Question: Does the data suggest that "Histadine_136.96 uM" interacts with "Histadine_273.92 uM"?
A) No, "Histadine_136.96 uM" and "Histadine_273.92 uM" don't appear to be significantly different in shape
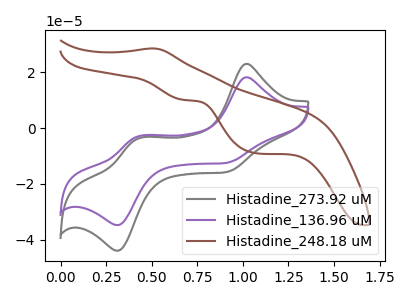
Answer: <think>The gray curve "Histadine_273.92 uM" has anodic peaks at (1.00V, 22.90uA) (0.45V, -3.70uA) and cathodic peaks at (0.90V, -15.85uA) (0.30V, -43.85uA). The purple curve "Histadine_136.96 uM" has anodic peaks at (1.00V, 18.15uA) (0.45V, -2.90uA) and cathodic peaks at (0.90V, -12.55uA) (0.30V, -34.70uA). The brown curve "Histadine_248.18 uM" has an anodic peak at (0.50V, 28.45uA) and cathodic peaks at (0.65V, 10.10uA) (1.05V, -9.00uA).
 All the peaks in "Histadine_136.96 uM" have a peak in "Histadine_273.92 uM" at the same potential.</think>
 <answer>A) No, "Histadine_136.96 uM" and "Histadine_273.92 uM" don't appear to be significantly different in shape</answer>
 <eval>A</eval>